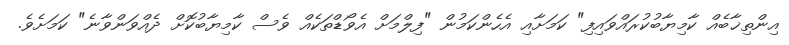
އިންތިޚާބެއް ކާމިޔާބުކުރައްވައިފި" ކަމަށާއި އެހެންކަމުން "ފިލްމަށް އެވޯޑްތަކެއް ވެސް ކާމިޔާބުކޮށް ދެއްވަންވާނެ" ކަމަށެވެ.